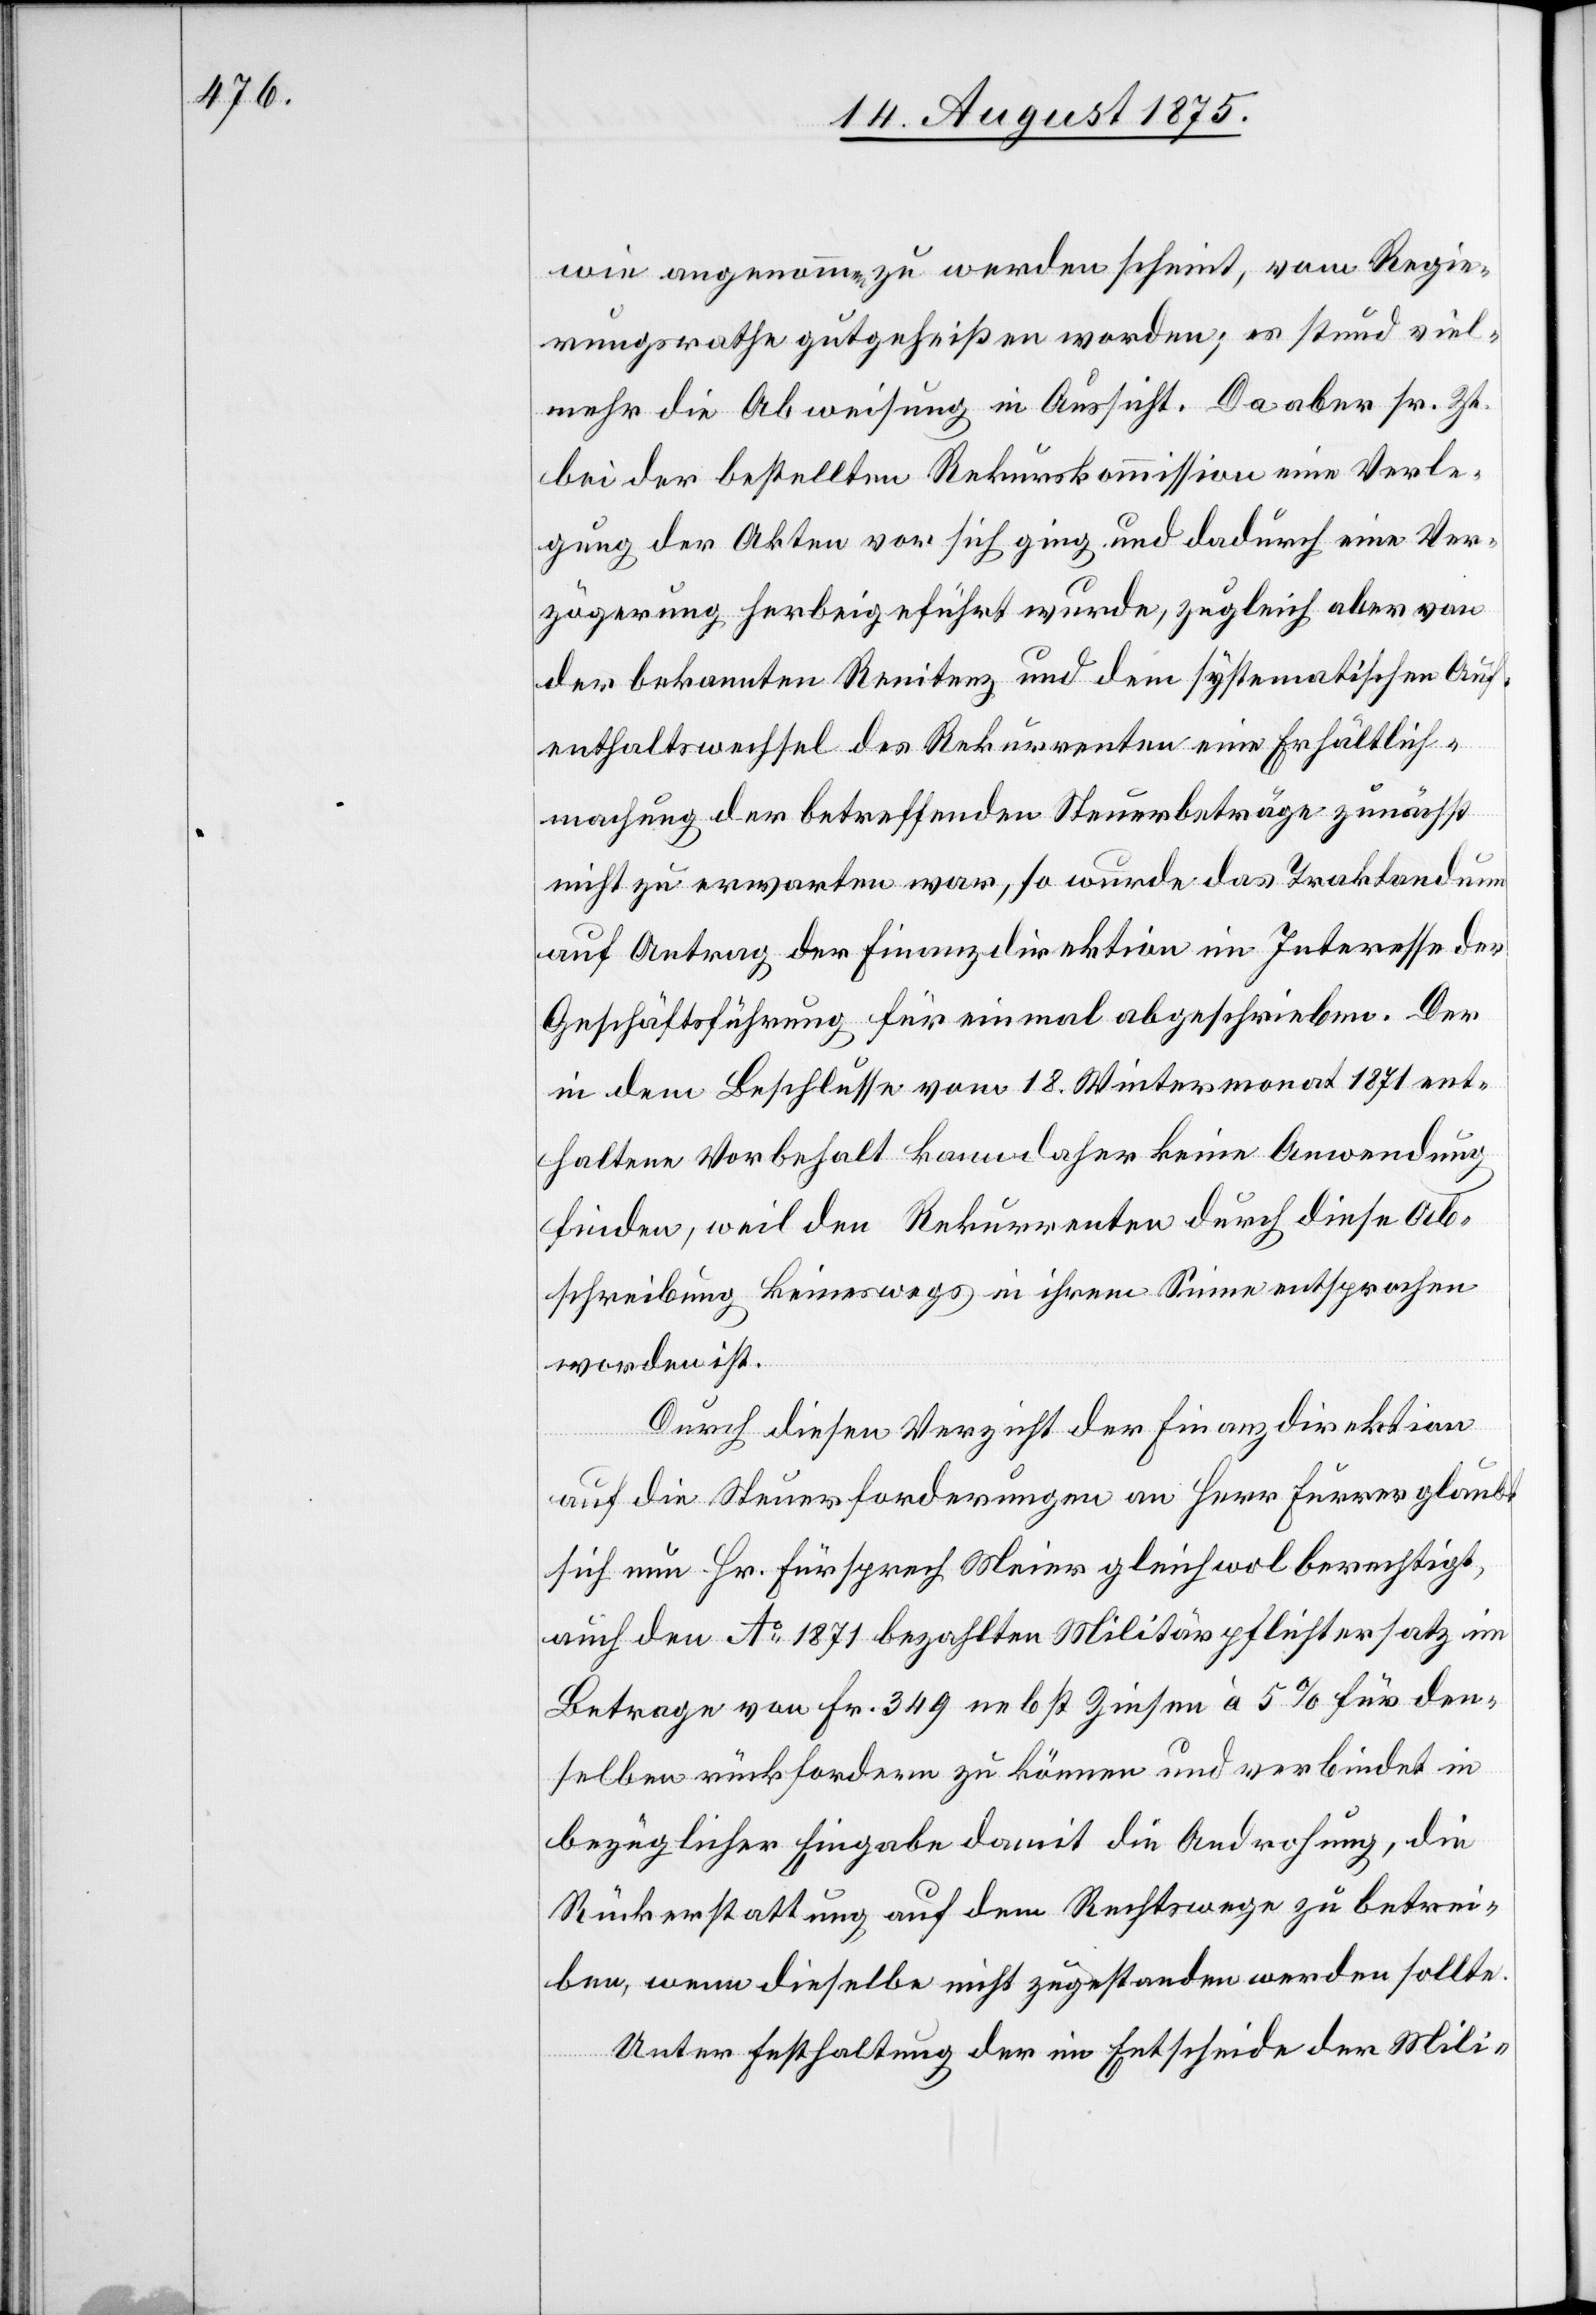
wie angenommen zu werden scheint, vom Regie¬
rungsrathe gutgeheißen worden; es stund viel¬
mehr die Abweisung in Aussicht. Da aber sr. Zt.
bei der bestellten Rekurskommission eine Verle¬
gung der Akten vor sich ging und dadurch eine Ver¬
zögerung herbeigeführt wurde, zugleich aber von
der bekannten Renitenz und dem systematischen Auf¬
enthaltswechsel des Rekurrenten eine Erhältlich¬
machung der betreffenden Steuerbeträge zunächst
nicht zu erwarten war, so wurde das Traktandum
auf Antrag der Finanzdirektion im Interesse der
Geschäftsführung für einmal abgeschrieben. Der
in dem Beschlusse vom 18. Wintermonat 1871 ent¬
haltene Vorbehalt kann daher keine Anwendung
finden, weil den Rekurrenten durch diese Ab¬
schreibung keineswegs in ihrem Sinne entsprochen
worden ist.
Durch diesen Verzicht der Finanzdirektion
auf die Steuerforderung an Herr Furrer glaubt
sich nun Hr. Fürsprech Meier gleichwol berechtigt,
auch den Ao 1871 bezahlten Militärpflichtersatz im
Betrage von Fr. 349 nebst Zinsen à 5% für den¬
selben rückfordern zu können und verbindet in
bezüglicher Eingabe damit die Androhung, die
Rückerstattung auf dem Rechtswege zu betrei¬
ben, wenn dieselbe nicht zugestanden werden sollte.
Unter Festhaltung der im Entscheide der Mili-